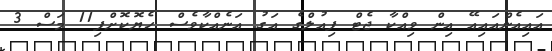
އައިއެންއައިއޭ އިން ވިއްކާ ޖެޓް ފިއުލްގެ އަގު އަނެއްކާވެސް ހެޔޮކޮށްފި11 މަސް 3